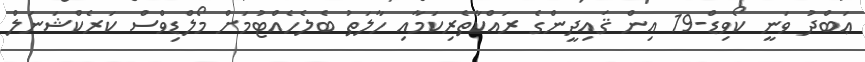
ޢަބްދު ވަނީ ކޯވިޑް-19 އިން ޤައިދީންގެ ރައްކާތެރިކަމާއި ހާލަތު ބެލެހެއްޓުމަށް މޯލްޑިވްސް ކަރެކްޝަނަލް